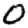
Digit: 0